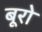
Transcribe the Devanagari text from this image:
बूरो